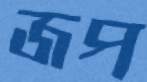
জপ